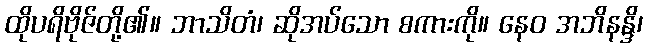
ထိုပရိဗိုဇ်တို့၏။ ဘာသိတံ၊ ဆိုအပ်သော စကားကို။ နေဝ အဘိနန္ဒိ၊